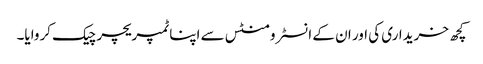
کچھ خریداری کی اور ان کے انسٹرومنٹس سے اپنا ٹمپریچر چیک کروایا۔